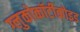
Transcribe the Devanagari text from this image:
ग्लुकोकॉर्टीकोइड